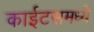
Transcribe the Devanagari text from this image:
काईटसमध्ये